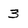
Character: 3